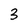
Character: 3